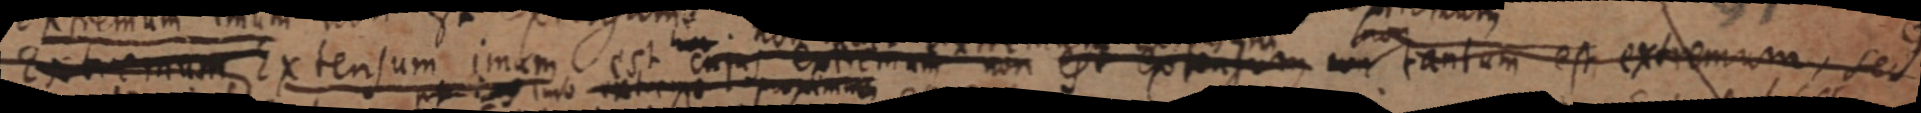
Extremum Extensum imum est cujus extremum non est extensum _ tantum est extremum, sed